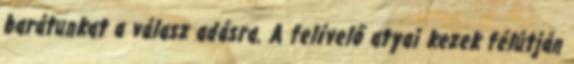
barátunkat a válasz adásra. A felívelő atyai kezek félútján